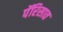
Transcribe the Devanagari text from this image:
पॅरिसात